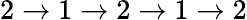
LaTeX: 2\rightarrow 1\rightarrow 2\rightarrow 1\rightarrow 2